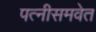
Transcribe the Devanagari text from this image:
पत्नीसमवेत